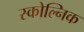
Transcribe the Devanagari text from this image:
स्कोल्निक